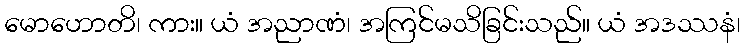
မောဟောတိ၊ ကား။ ယံ အညာဏံ၊ အကြင်မသိခြင်းသည်။ ယံ အဒဿနံ၊